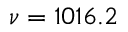
\nu = 1 0 1 6 . 2